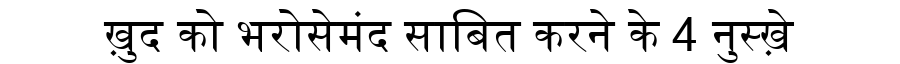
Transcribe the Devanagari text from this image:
ख़ुद को भरोसेमंद साबित करने के 4 नुस्ख़े